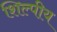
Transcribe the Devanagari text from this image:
शिल्पीय